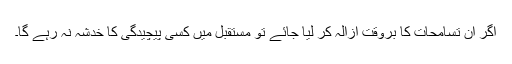
اگر ان تسامحات کا بروقت ازالہ کر لیا جائے تو مستقبل میں کسی پیچیدگی کا خدشہ نہ رہے گا۔